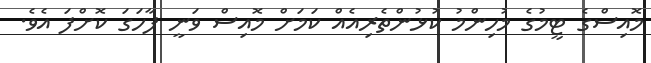
މޮއިސްގެ ޓީމުގެ މުހިންމު ކުޅުންތެރިއެއް ކަމަށް މޮއިސް ވަނީ ފާހަގަ ކޮށްފަ އެވެ.